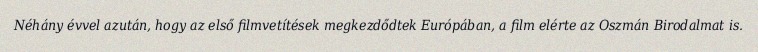
Néhány évvel azután, hogy az első filmvetítések megkezdődtek Európában, a film elérte az Oszmán Birodalmat is.